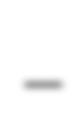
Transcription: –